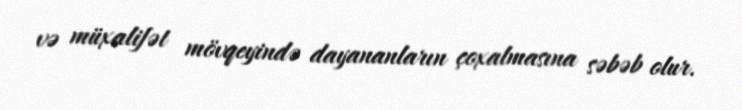
və müxalifət mövqeyində dayananların çoxalmasına səbəb olur.